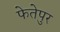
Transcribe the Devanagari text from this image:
फेतेपुर